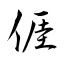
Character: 𠊎